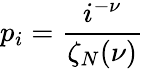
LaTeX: p_{i}=\frac{i^{-\nu}}{\zeta_{N}(\nu)}